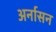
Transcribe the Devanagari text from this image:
अर्नासन